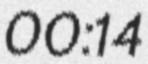
00:14